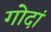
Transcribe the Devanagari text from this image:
गोदां